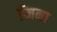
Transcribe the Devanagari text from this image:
ईजना